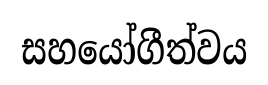
සහයෝගීත්වය